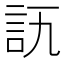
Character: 𧥭